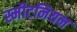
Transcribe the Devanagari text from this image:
स्मीटनियन